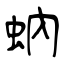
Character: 蚋